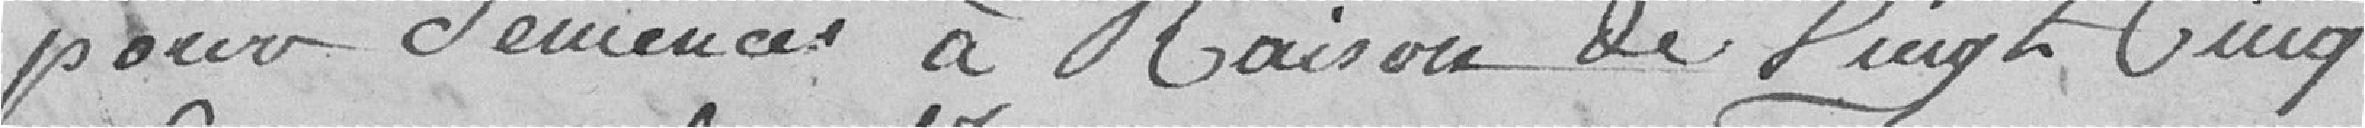
pour semences à raison de vingt cinq